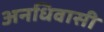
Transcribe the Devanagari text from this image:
अनधिवासी